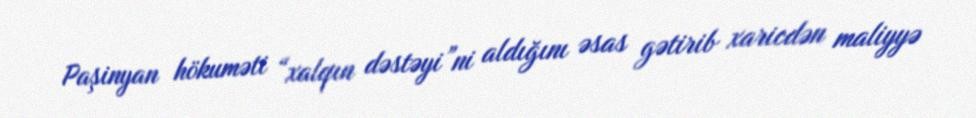
Paşinyan hökuməti “xalqın dəstəyi”ni aldığını əsas gətirib xaricdən maliyyə